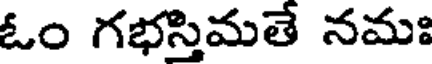
ఓం గభస్తిమతే నమః